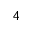
4